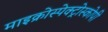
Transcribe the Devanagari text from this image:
माइक्रोस्पेक्ट्रोस्कोपी